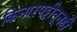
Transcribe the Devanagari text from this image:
किनारपट्टीतूनही